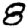
Digit: 8